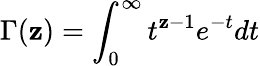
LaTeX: \Gamma(\mathbf{z})=\int_{0}^{\infty}t^{\mathbf{z}-1}e^{-t}dt